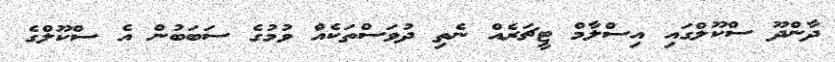
ދާންދޫ ސްކޫލްގައި އިސްލާމް ޓީޗަރެއް ނެތި ދުވަސްތަކެއް ވުމުގެ ސަބަބުން އެ ސްކޫލްގެ